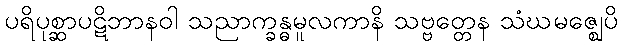
ပရိပုစ္ဆာပဋိဘာနဝါ သညာက္ခန္ဓမူလကာနိ သဗ္ဗတ္တေန သံဃမဇ္ဈေပိ